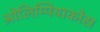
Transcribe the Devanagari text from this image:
ओलिम्पियाकोस